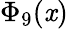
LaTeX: \Phi_{9}(\mathit{x})